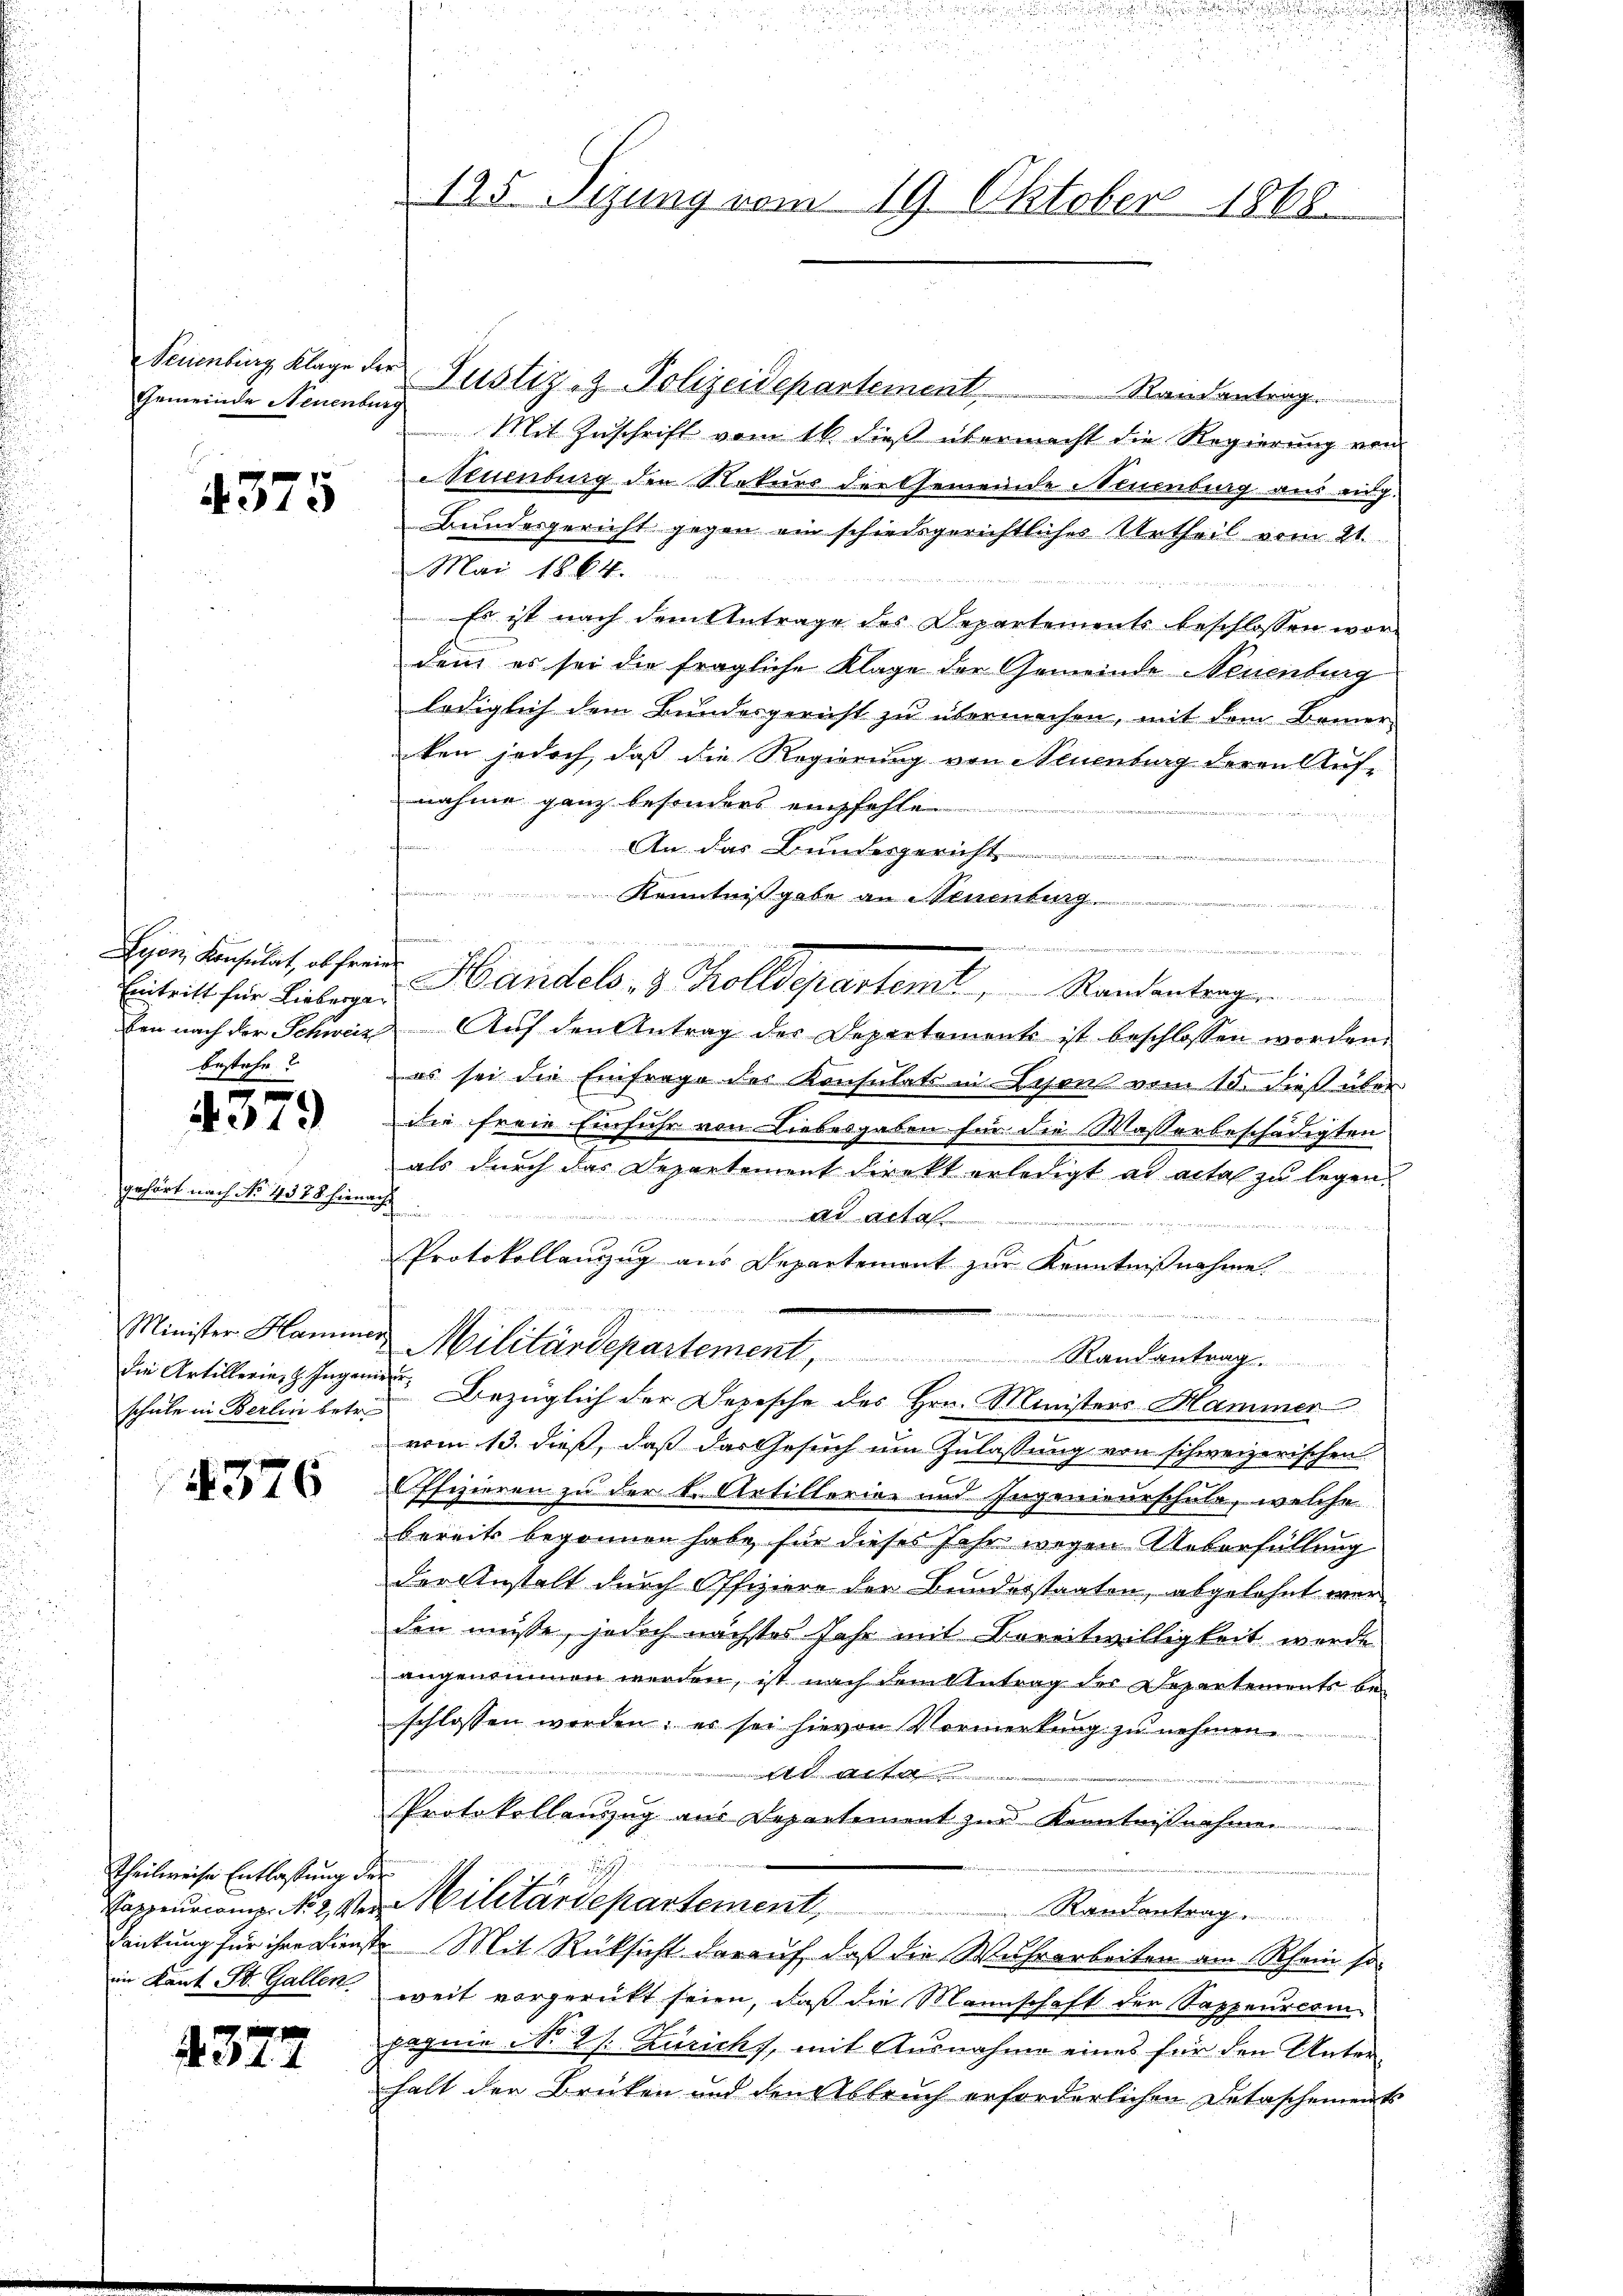
Gemeinde Neuenburg

gehört nach No 4578 hien.

4375

Eintritt für Lieberger
bestehe

E
4379

die Artillerie H. Ingen
schule in Berlin betr.

4376

Theilweise Entlaßung der
im Kant St. Gallen

4377

195. Sizung vom 19. Oktober 1868.

Neuenburg Klage der Justiz- & Polizeidepartement . . . . . . . . . . ..  ..  Randantrag.
Mit Zuschrift vom 16. dieß übermacht die Regierung von
Neuenburg den Naturs der Gemeinde Neuenburg aus eing-
Bundesgericht gegen ein schiedsgerichtliches Urtheil vom 21.
Mai 1864.

Es ist nach dem Antrage des Departements beschlossen wor-
den es sei die fragliche Klage der Gemeinde Neuenburg
lediglich dem Bundesgericht zu übermachen, mit dem Bemer-
ken jedoch, daß die Regierung von Neuenburg deren Aufnahme ganz besonders empfehle
sammen.
An das Bundesgericht
Kenntnißgabe an Steuenburg
n
Hyon Anstat, absend Handels, 3. Kolldepartemt, Randantrag
ben nach der Schweiz. Aŭf den Antrag der Departements ist beschlossen worden.
es sei die Einfrage des Konsulats in Lesen vom 15. dieß über
die freie Einfuhr von Liebesgaben für die Wasserbeschädigten
als durch das Departement direkt erledigt ad acta zu legen
f
d
Ad Acta
     2
Protokollanzug aus Departemont zur Kenntnißnahme
eter
Minister Hammer Militärdepartement, Randantrag.
mit Bezüglich der Depesche des Hrn. Ministers Mammer
h
vom 13. dieß, daß das Gesuch um Zulassung von schweizerischen
ffizieren zu der k. Artillerien und Ingenieurschuld, welche
bereits begonnen habe für dieses sehr wegen Ueberfüllung
der Anstalt durch Offiziere der Bunderstaaten, abgelehnt wer
den müsse, jedoch nächstes Jahr mit Bereitwilligkeit werde
angenommen werden, ist nach dem Antrag der Departements be-
schlossen werden; er sei hievon Vormerkung zu nehmen.
 Acta
e
Protokollanzug aus Departement zur Kenntnißnahmen
Kappeuriame. No 2 von Militärdepartement,
Randantrag ........
Denkung für ihre Dienste Mit Rücksicht darauf, daß die Wuhrarbeiten am Rhein so
weit vorgerückt seien, daß die Mannschaft der Sappeuresin
pagnie No 2 s. Zürich, mit Ausnahme eines für den Unterhalt der Brüken und den Abbruch erforderlichen Detaschements